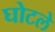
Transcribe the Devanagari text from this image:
घोटले